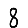
Digit: 8